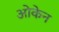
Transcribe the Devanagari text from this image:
ओकेन